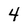
Character: 4